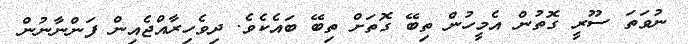
ނުވަތަ ސޫރީ ގޮތުން އެމީހުން ތިބޭ ގޮތަށް ތިބޭ ބައެކެވެ. ދިވެހިރާއްޖެއިން ފަންނާނުން